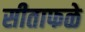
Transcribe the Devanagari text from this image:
सीताफळे